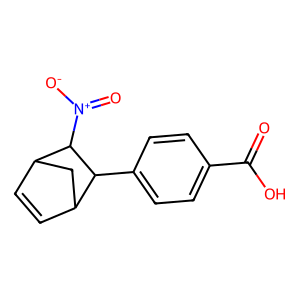
SMILES: O=C(O)c1ccc(C2C3C=CC(C3)C2[N+](=O)[O-])cc1
Inhibits HIV replication: No